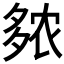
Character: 𫯒